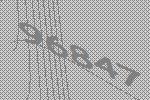
96847